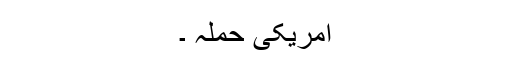
امریکی حملہ ۔